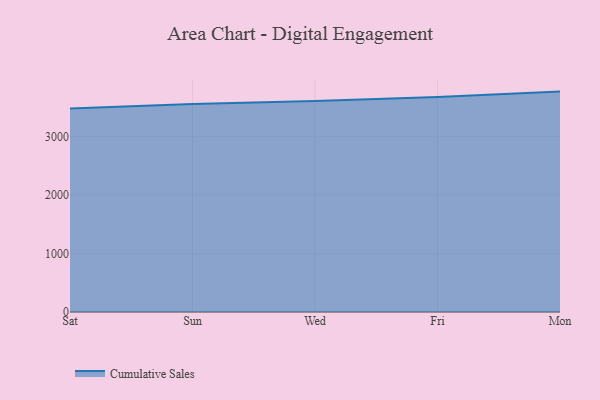
{"axis": {"x": "Day", "y": "Temperature (°C)"}, "legend": ["Cumulative Sales"], "data": [{"x": "Sat", "y": 3480.8, "type": "Cumulative Sales"}, {"x": "Sun", "y": 3556.4, "type": "Cumulative Sales"}, {"x": "Wed", "y": 3607.8, "type": "Cumulative Sales"}, {"x": "Fri", "y": 3677.8, "type": "Cumulative Sales"}, {"x": "Mon", "y": 3769.4, "type": "Cumulative Sales"}]}